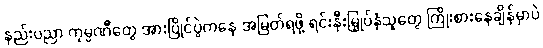
နည်းပညာ ကုမ္ပဏီတွေ အားပြိုင်ပွဲကနေ အမြတ်ရဖို့ ရင်းနှီးမြှုပ်နှံသူတွေ ကြိုးစားနေချိန်မှာပဲ